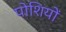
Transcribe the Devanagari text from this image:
पोशियों